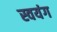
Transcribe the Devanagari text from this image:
स्वयंग